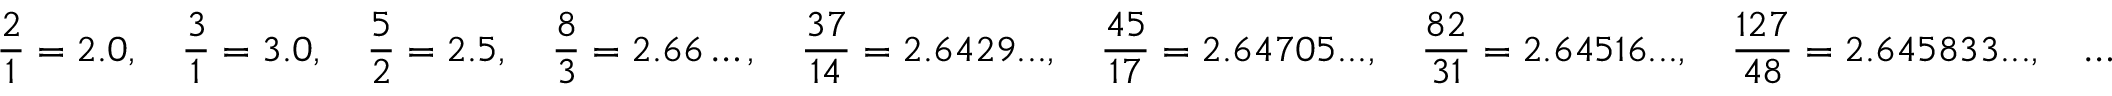
{ \frac { 2 } { 1 } } = 2 . 0 , \quad { \frac { 3 } { 1 } } = 3 . 0 , \quad { \frac { 5 } { 2 } } = 2 . 5 , \quad { \frac { 8 } { 3 } } = 2 . 6 6 \dots , \quad { \frac { 3 7 } { 1 4 } } = 2 . 6 4 2 9 . . . , \quad { \frac { 4 5 } { 1 7 } } = 2 . 6 4 7 0 5 . . . , \quad { \frac { 8 2 } { 3 1 } } = 2 . 6 4 5 1 6 . . . , \quad { \frac { 1 2 7 } { 4 8 } } = 2 . 6 4 5 8 3 3 . . . , \quad \ldots